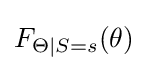
F_{\Theta \mid S=s}(\theta )